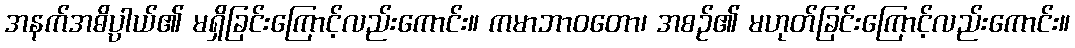
အနက်အဓိပ္ပာယ်၏ မရှိခြင်းကြောင့်လည်းကောင်း။ ကမာဘာဝတော၊ အစဉ်၏ မဟုတ်ခြင်းကြောင့်လည်းကောင်း။